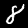
Label: 8